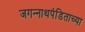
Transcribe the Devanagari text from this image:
जगन्‍नाथपंडिताच्या